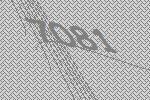
7081